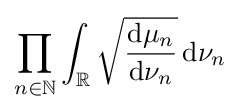
\prod _{n\in \mathbb {N} }\int _{\mathbb {R} }{\sqrt {\frac {\mathrm {d} \mu _{n}}{\mathrm {d} \nu _{n}}}}\,\mathrm {d} \nu _{n}